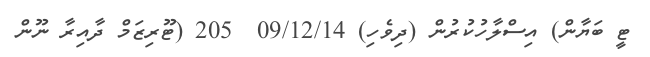
ޓީ ބަޔާން) އިސްލާހުކުރުން (ދިވެހި) 09/12/14  205 (ޓޫރިޒަމް ދާއިރާ ނޫން